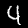
Label: 4